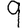
Digit: 9